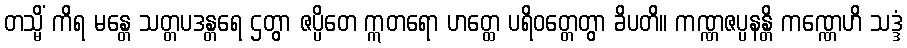
တသ္မိံ ကိရ မန္တေ သတ္တပဒန္တရေ ဌတွာ ဇပ္ပိတေ ဣတရော ဟတ္ထေ ပရိဝတ္တေတွာ ခိပတိ။ ကဏ္ဏဇပ္ပနန္တိ ကဏ္ဏေဟိ သဒ္ဒံ